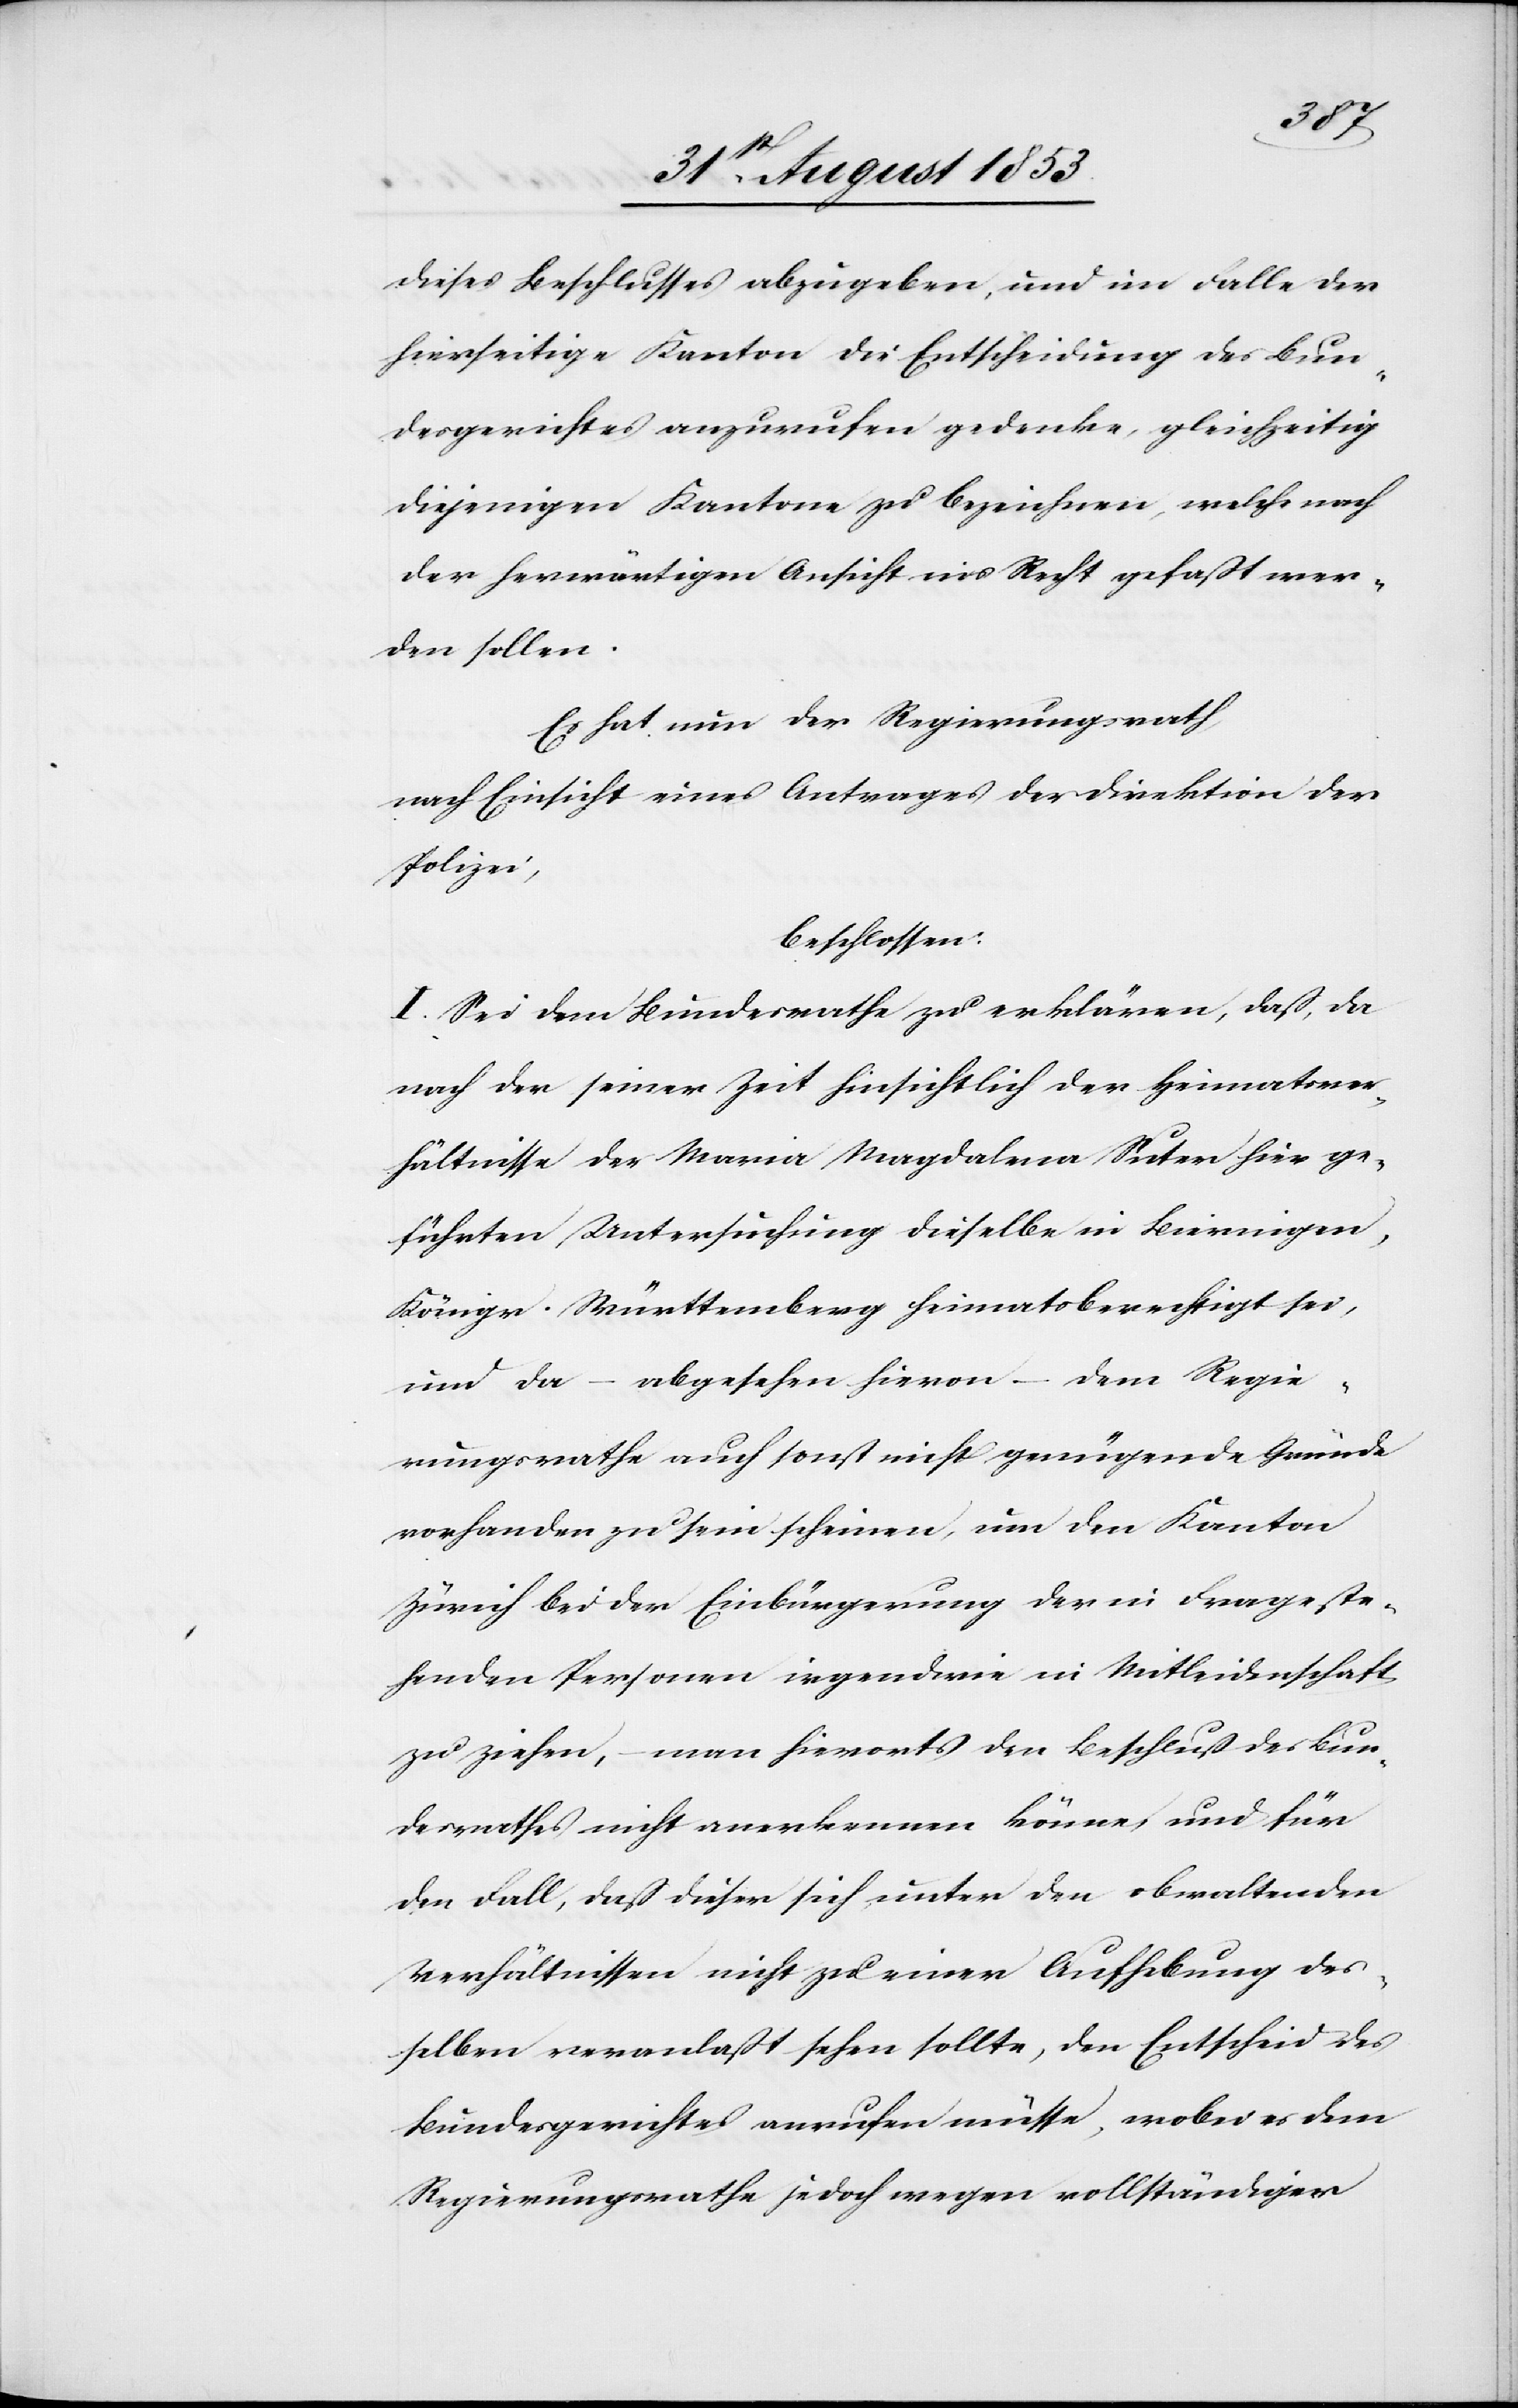
dieses Beschlußes abzugeben, und im Falle der
hierseitige Kanton die Entscheidung des Bun¬
desgerichtes anzurufen gedenke, gleichzeitig
diejenigen Kantone zu bezeichnen, welche nach
der herwärtigen Ansicht ins Recht gefaßt wer¬
den sollen.
Es hat nun der Regierungsrath,
nach Einsicht eines Antrages der Direktion der
Polizei,
beschlossen:
I. Sei dem Bundesrathe zu erklären, daß, da
nach der seiner Zeit hinsichtlich der Heimatver¬
hältnisse der Maria Magdalena Suter hier ge¬
führten Untersuchung dieselbe in Bierningen,
Königr. Württemberg heimatberechtigt sei,
und da – abgesehen hievon – dem Regie¬
rungsrathe auch sonst nicht genügende Gründe
vorhanden zu sein scheinen, um den Kanton
Zürich bei der Einbürgerung der in Frage ste¬
henden Personen irgendwie in Mitleidenschaft
zu ziehen, – man hierorts den Beschluß des Bun¬
desrathes nicht anerkennen könne, und für
den Fall, daß dieser sich unter den obwaltenden
Verhältnissen nicht zu einer Aufhebung des¬
selben veranlaßt sehen sollte, den Entscheid des
Bundesgerichtes anrufen müsse, wobei es dem
Regierungsrathe jedoch wegen vollständiger